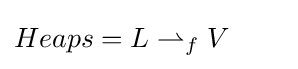
Heaps=L\rightharpoonup _{f}V\qquad